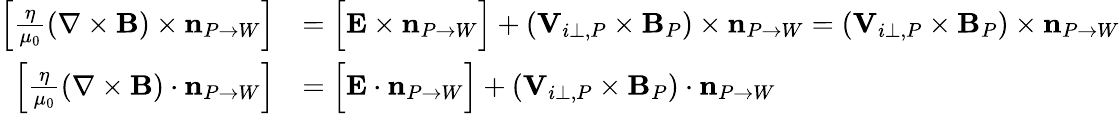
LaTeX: \begin{array}{rl}{{\Big[}\frac{\eta}{\mu_{0}}(\nabla\times{\mathbf B})\times\mathbf{n}_{P\rightarrow W}{\Big]}}&{={\Big[}{\mathbf E}\times\mathbf{n}_{P\rightarrow W}{\Big]}+\left({\mathbf V}_{i\perp,P}\times{\mathbf B}_{P}\right)\times\mathbf{n}_{P\rightarrow W}=\left({\mathbf V}_{i\perp,P}\times{\mathbf B}_{P}\right)\times\mathbf{n}_{P\rightarrow W}}\\ {{\Big[}\frac{\eta}{\mu_{0}}(\nabla\times{\mathbf B})\cdot\mathbf{n}_{P\rightarrow W}{\Big]}}&{={\Big[}{\mathbf E}\cdot\mathbf{n}_{P\rightarrow W}{\Big]}+\left({\mathbf V}_{i\perp,P}\times{\mathbf B}_{P}\right)\cdot\mathbf{n}_{P\rightarrow W}}\end{array}